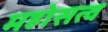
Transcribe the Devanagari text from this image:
महोसत्व